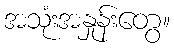
အသုံးအနှုန်းတွေ။